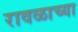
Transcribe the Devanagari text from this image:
रावळाच्या